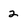
Character: 2